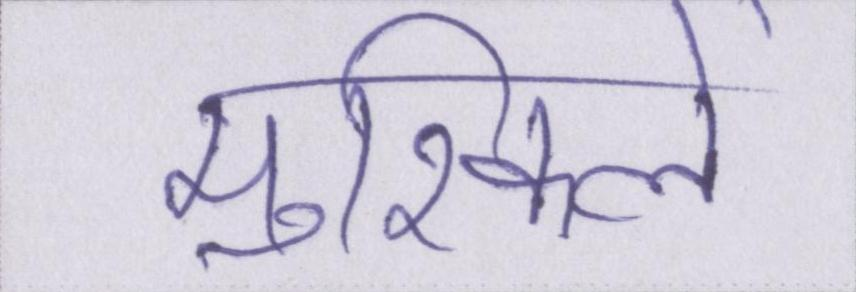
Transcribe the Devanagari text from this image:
मुश्किलें